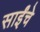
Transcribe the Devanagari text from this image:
साईंचे